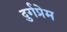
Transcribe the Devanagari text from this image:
दुर्गप्रेम